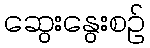
ဆွေးနွေးစဉ်